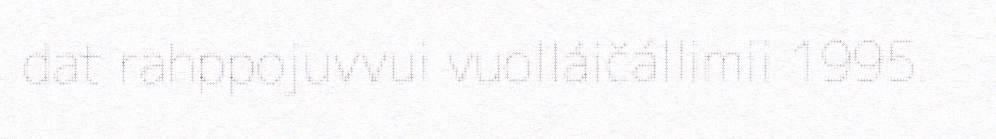
dat rahppojuvvui vuolláičállimii 1995.